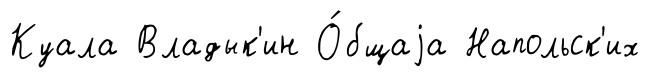
Куала Владык'ин О́бщаjа Напольск'их